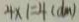
4 \times 1 = 4 ( d m )